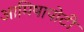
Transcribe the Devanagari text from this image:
आमिषापोटी